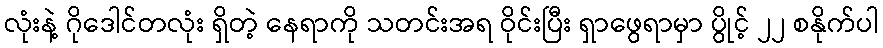
လုံးနဲ့ ဂိုဒေါင်တလုံး ရှိတဲ့ နေရာကို သတင်းအရ ဝိုင်းပြီး ရှာဖွေရာမှာ ပွိုင့် ၂၂ စနိုက်ပါ